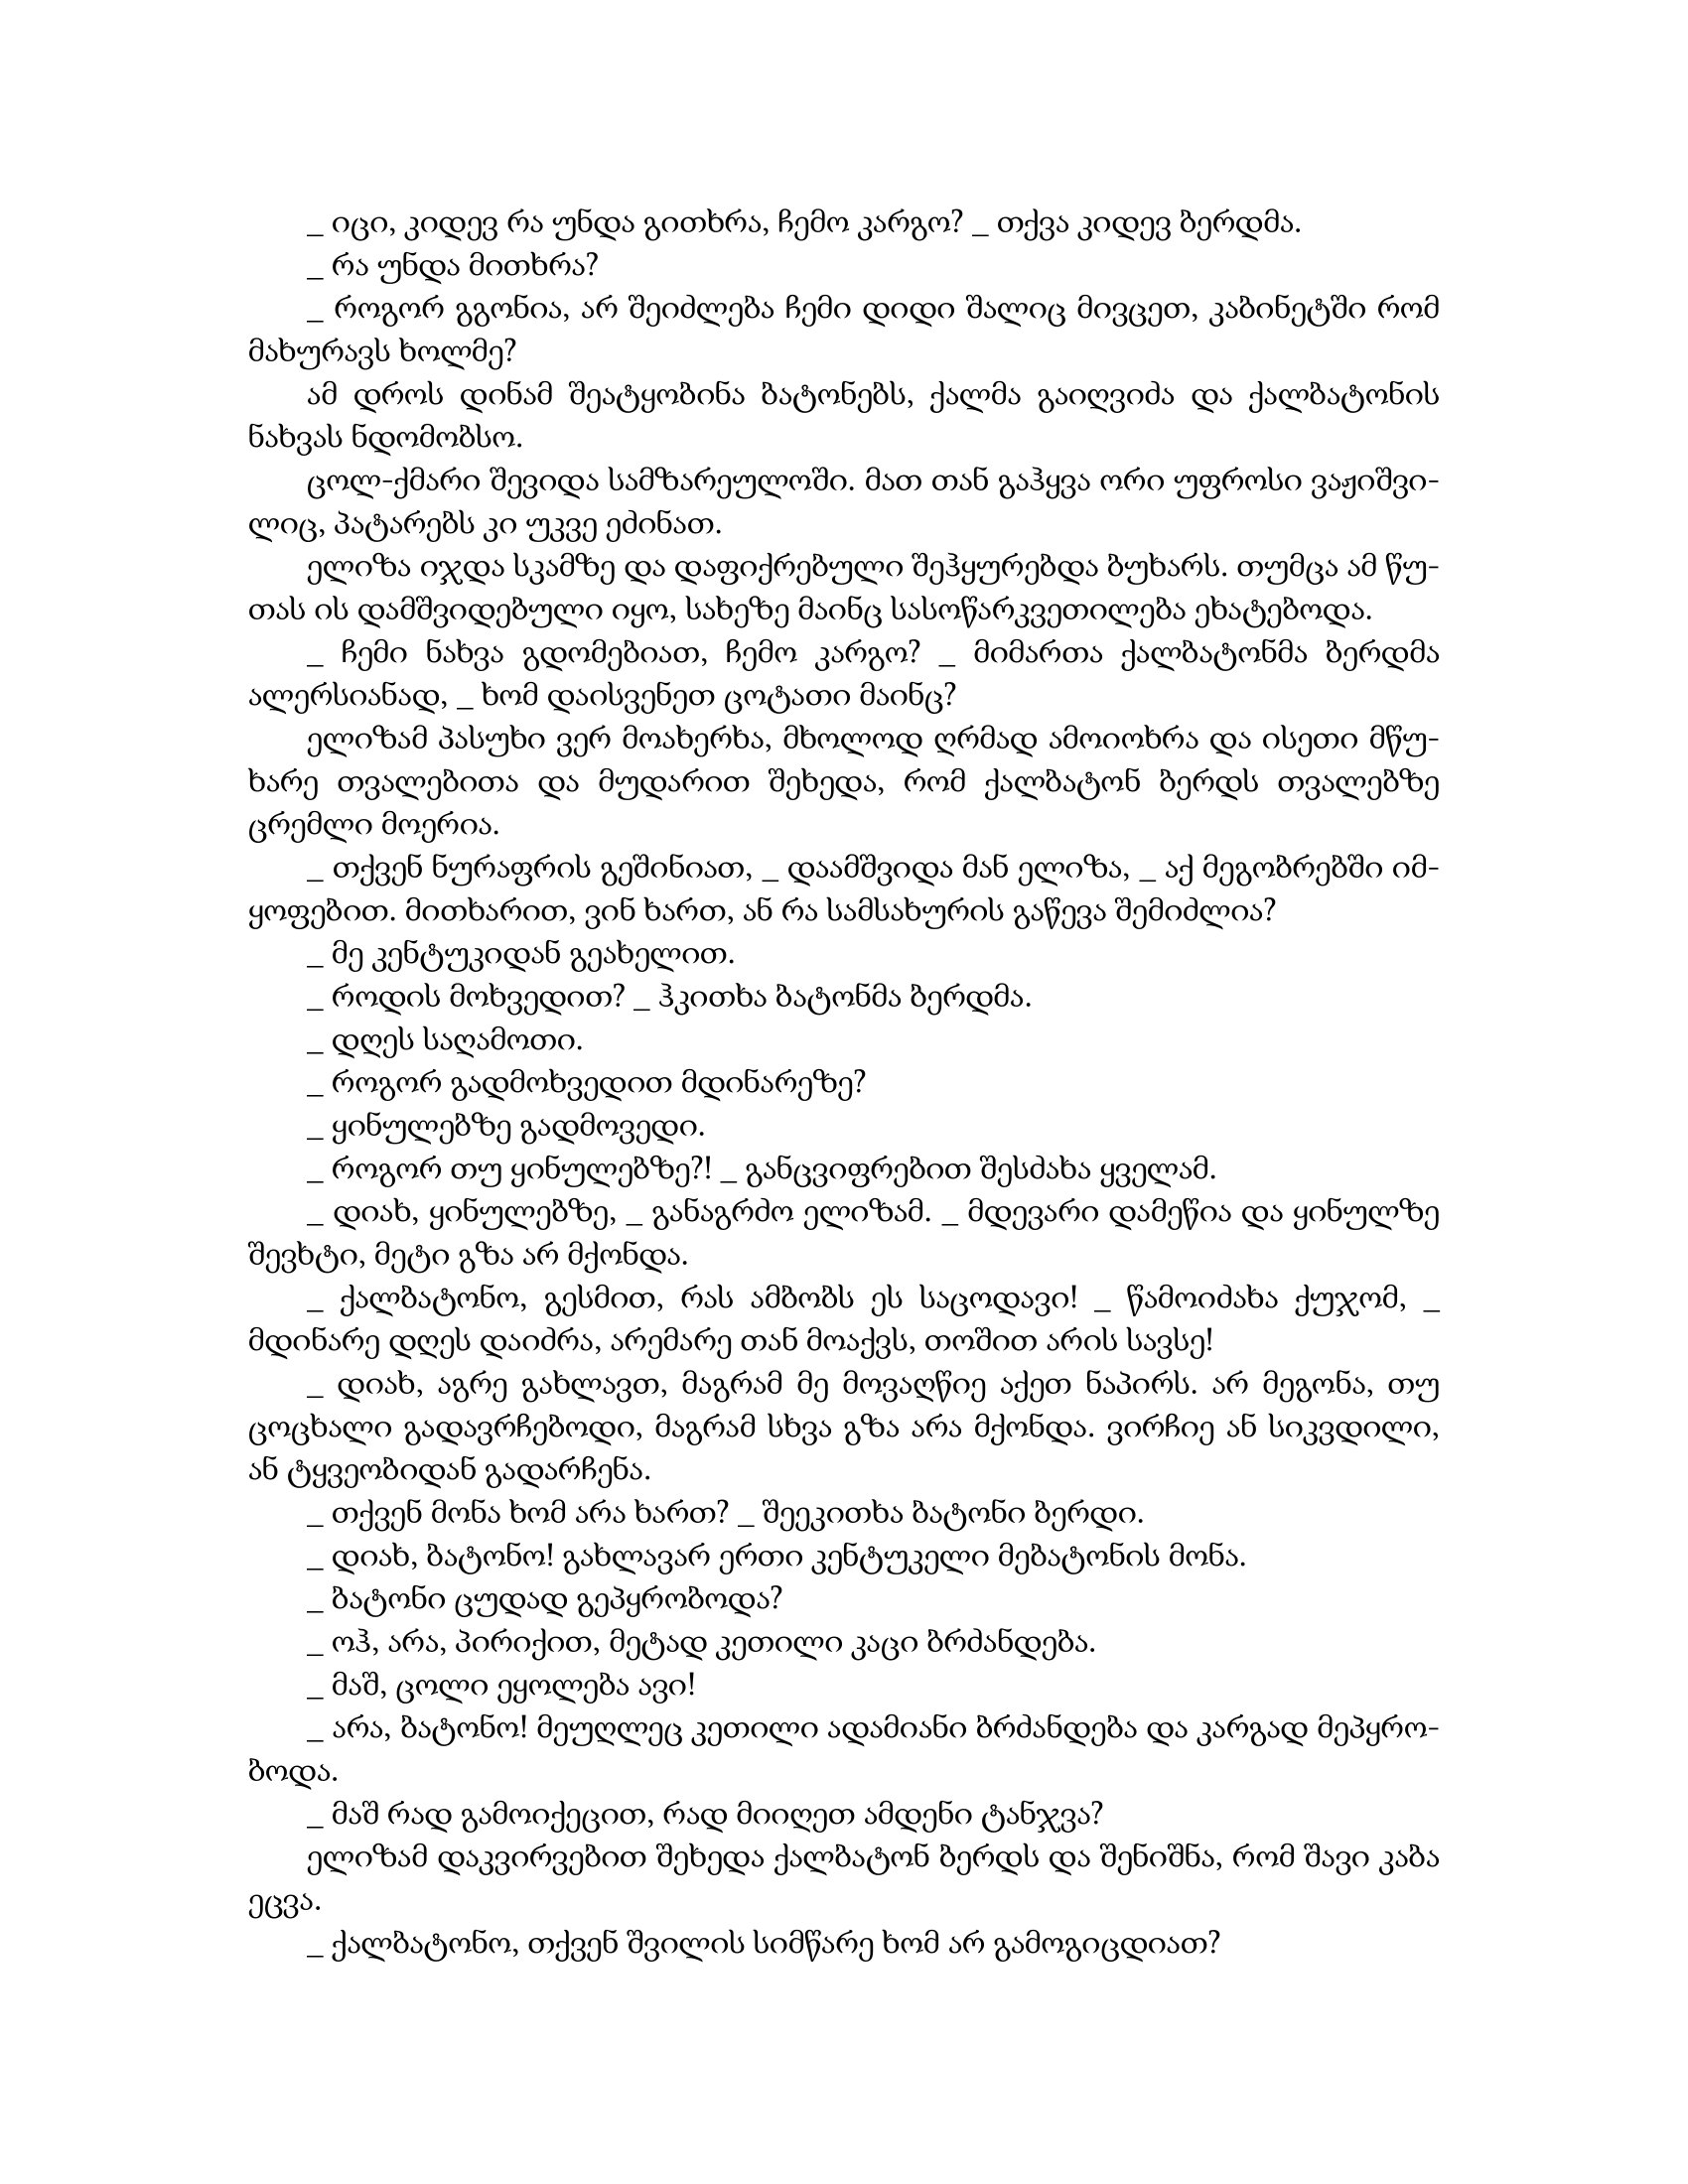
Language: gr